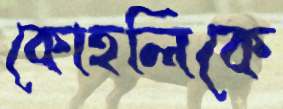
কোহলিকে